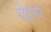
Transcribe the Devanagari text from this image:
येइना